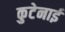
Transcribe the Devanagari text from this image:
कुटेनाई